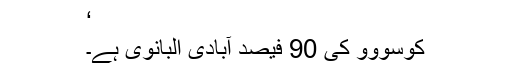
‘
کوسووو کی 90 فيصد آبادی البانوی ہے۔